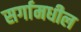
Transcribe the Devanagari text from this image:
सर्गामधील